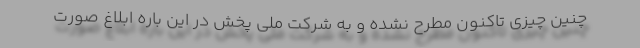
چنین چیزی تاکنون مطرح نشده و به شرکت ملی پخش در این باره ابلاغ صورت